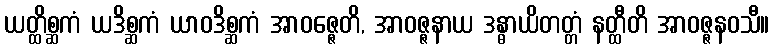
ယတ္ထိစ္ဆကံ ယဒိစ္ဆကံ ယာဝဒိစ္ဆကံ အာဝဇ္ဇေတိ, အာဝဇ္ဇနာယ ဒန္ဓာယိတတ္တံ နတ္ထီတိ အာဝဇ္ဇနဝသီ။